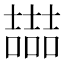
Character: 𡕇